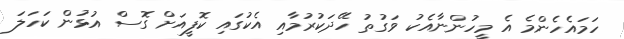
ހަމައެހެންމެ އެ މީހުންނާއެކު ވަގުތު ހޭދަކުރުމާއި އެކުގައި ކޮފީއަށް ގޮސް އުޅުން ކަހަލަ